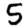
Digit: 5